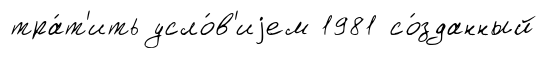
тра́т'ить усло́в'иjем 1981 со́зданный